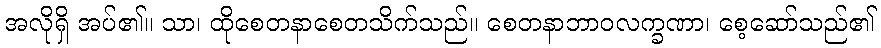
အလိုရှိ အပ်၏။ သာ၊ ထိုစေတနာစေတသိက်သည်။ စေတနာဘာဝလက္ခဏာ၊ စေ့ဆော်သည်၏